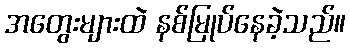
အတွေးများထဲ နစ်မြုပ်နေခဲ့သည်။